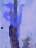
শ